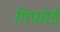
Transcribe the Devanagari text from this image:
गिफोर्ड